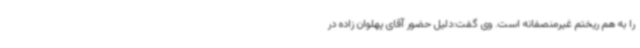
را به هم ریختم غیرمنصفانه است. وی گفت:دلیل حضور آقای پهلوان زاده در